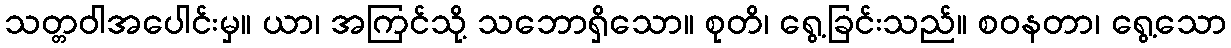
သတ္တဝါအပေါင်းမှ။ ယာ၊ အကြင်သို့ သဘောရှိသော။ စုတိ၊ ရွေ့ခြင်းသည်။ စဝနတာ၊ ရွေ့သော